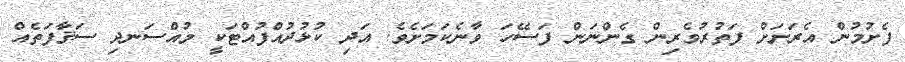
ފެށުމުން އެރަށަށް ފަތުރުވެރިން ގެންނަން ފަސޭހަ ވާނެކަމަށެވެ. އަދި ކުޅުދުއްފުއްޓަކީ މުއްސަނދި ސަޤާފަތެއް